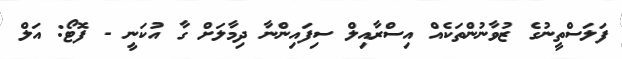
ފަލަސްތީނުގެ ޒުވާނުންތަކެއް އިސްރާއިލް ސިފައިންނާ ދިމާލަށް ގާ އުކަނީ - ފޮޓޯ: އަލް